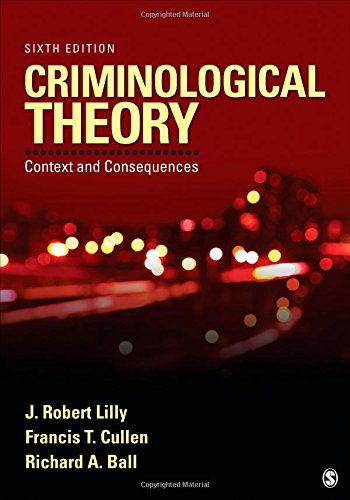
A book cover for Criminological Theory: Context and Consequences; J. (James) Robert Lilly; Politics & Social Sciences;